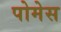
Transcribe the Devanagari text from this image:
पोमेस